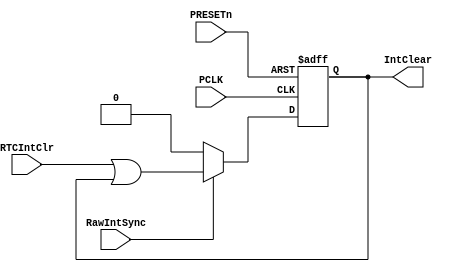
//  --========================================================================--
//  This confidential and proprietary software may be used only
//  as authorised by a licensing agreement from ARM Limited
//  (C) COPYRIGHT 2001 ARM Limited
//  ALL RIGHTS RESERVED
//  The entire notice above must be reproduced on all authorised copies
//  and copies may only be made to the extent permitted by a
//  licensing agreement from ARM Limited.
//  ----------------------------------------------------------------------------
//
//  Version and Release Control Information :
//
//
//
//  File Revision       : 1.9
//
//  Release Information : PrimeCell(TM)-PL031-REL1v0
//
// -----------------------------------------------------------------------------
// Purpose               : This block contains the control logic for the Rtc
//
// --=========================================================================--

`timescale 1ns/1ps


module RtcControl(
                // Inputs
                  PCLK,
                  PRESETn,
                  RTCIntClr,
                  RawIntSync,
                // Outputs
                  IntClear
                  );


input       PCLK;            // APB clock
input       PRESETn;         // APB Bus Reset
input       RTCIntClr;       // RTC Interrupt Clear signal
input       RawIntSync;      // Synchronised raw interrupt

output      IntClear;        // Interrupt clear signal gated to RTCRIS


//------------------------------------------------------------------------------
//
//                            RtcControl
//                            ==========
//
//------------------------------------------------------------------------------
//
// Overview
// =======
//
// This block performs the following functions
//
// Generation of the interrupt clear signal which is gated to the Synchronised
// raw interrupt status
//
//==============================================================================
//

//------------------------------------------------------------------------------
// Wire declarations
//------------------------------------------------------------------------------

//------------------------------------------------------------------------------
// Register Declarations
//-----------------------------------------------------------------------------
reg IntClear;       // Gated interrupt clear
reg NextIntClear;   // D-input for IntClear

//------------------------------------------------------------------------------
// Wire declarations
//------------------------------------------------------------------------------


//==============================================================================
// Main Verilog code
// -----------------
//==============================================================================


// -----------------------------------------------------------------------------
// Implementation of interrupt clear signal (IntClear) - Combinational
//
// IntClear is asserted when there is a write to the RTC Interrupt Clear
// register while there is an interrupt.
// -----------------------------------------------------------------------------
always @(RawIntSync or RTCIntClr or IntClear)
  begin : p_combIntClear
    if(RawIntSync == 1'b0)
      NextIntClear = 1'b0;
    else
      NextIntClear = RTCIntClr || IntClear;
  end //  p_combIntClear

// -----------------------------------------------------------------------------
// Implementation of interrupt clear signal (IntClear) - Sequential
// -----------------------------------------------------------------------------
always @ (posedge PCLK or negedge PRESETn)
  begin : p_seqIntClear
    if(PRESETn == 1'b0)
      IntClear <= 1'b0;
    else
      IntClear <= NextIntClear;
    end //  p_seqIntClear



endmodule

//====================End of RtcControl=========================================